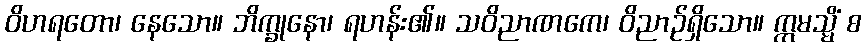
ဝိဟရတော၊ နေသော။ ဘိက္ခုနော၊ ရဟန်း၏။ သဝိညာဏကေ၊ ဝိညာဉ်ရှိသော။ ဣမသ္မိံ စ